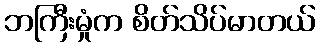
ဘကြီးမှုံက စိတ်သိပ်မာတယ်